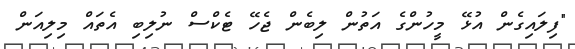
"ފިލައިގެން އުޅޭ މީހުންގެ އަތުން ލިބެން ޖެހޭ ޓެކްސް ނުލިބި އެތައް މިލިއަން